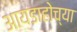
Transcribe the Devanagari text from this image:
आयडाहोच्या